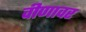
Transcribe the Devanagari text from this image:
वीणावर